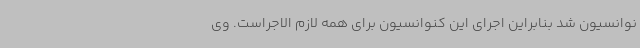
نوانسیون شد بنابراین اجرای این کنوانسیون برای همه لازم الاجراست. وی